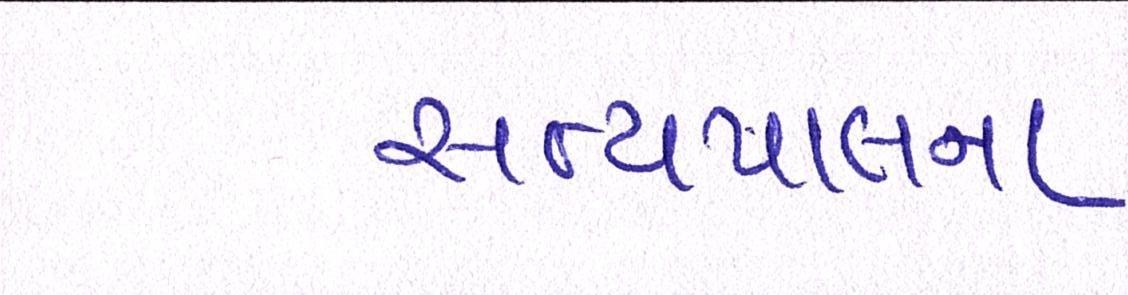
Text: સત્યપાલના